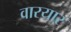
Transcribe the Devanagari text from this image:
वारयार